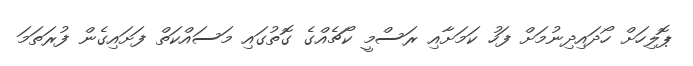
ޕޮލިހަށް ހޯދައިދިނުމަށް ފަހު ކަމަށާއި ރަސްމީ ކޯޗެއްގެ ގޮތުގައި މަސައްކަތް ފަށައިގެން ފުރަތަމަ